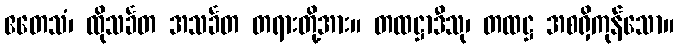
ဧတေသံ၊ ထိုသင်္ခတ အသင်္ခတ တရားတို့အား။ တထဋ္ဌာဒီသု၊ တထဋ္ဌ အစရှိကုန်သော။